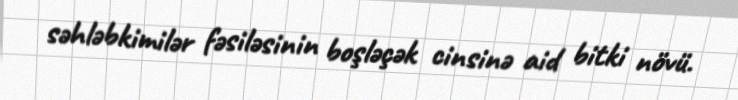
səhləbkimilər fəsiləsinin boşləçək cinsinə aid bitki növü.